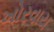
ખોરવાય